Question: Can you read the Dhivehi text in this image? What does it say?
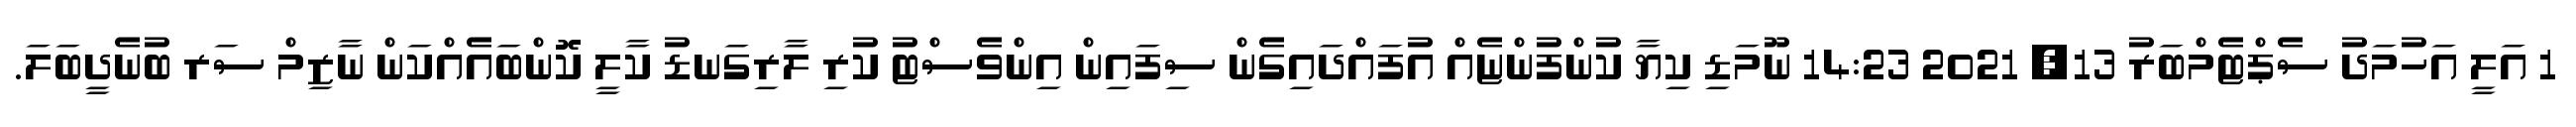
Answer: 1 އަލީ އަހުމަދު ސެޕްޓެމްބަރު 13, 2021 14:23 ނޫމަޑި ކިޔާ ކުންފުންޏެއް އުފައްދައިގެން ސިފައިން އިންވެސްޓު ކުރި ލާރިގަނޑު ކާލީ ކޮންބައެއްކަން ނާޒިމް ސަރ ބުނެދީބަލަ.